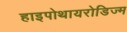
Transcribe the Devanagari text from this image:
हाइपोथायरोडिज्म